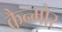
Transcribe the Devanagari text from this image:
कैन्मोर